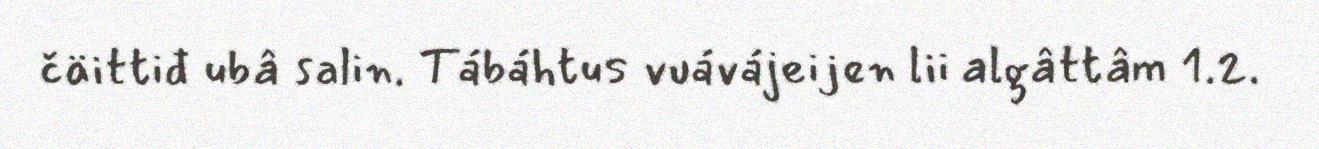
čäittiđ ubâ salin. Tábáhtus vuávájeijen lii algâttâm 1.2.